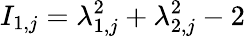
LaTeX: I_{1,j}=\lambda_{1,j}^{2}+\lambda_{2,j}^{2}-2